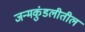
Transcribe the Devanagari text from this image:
जन्मकुंडलीतील